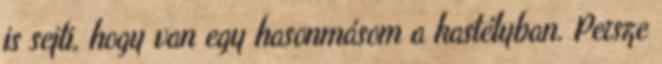
is sejti, hogy van egy hasonmásom a kastélyban. Persze